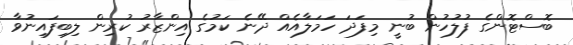
ބޮސްޓޮންގެ ފުލުހުން ބުނީ މިފަދަ ހަމަލާއެއް ދޭނެ ކަމުގެ އިންޒާރު ކުރިން ލިބިފައިނުވާ